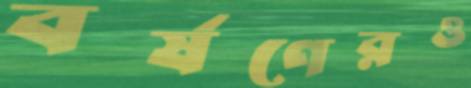
বর্ষণেরও